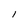
Character: I